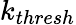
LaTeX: k_{thresh}